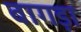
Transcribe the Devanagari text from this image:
बागड़ा